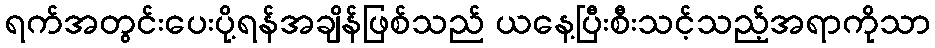
ရက်အတွင်းပေးပို့ရန်အချိန်ဖြစ်သည် ယနေ့ပြီးစီးသင့်သည့်အရာကိုသာ